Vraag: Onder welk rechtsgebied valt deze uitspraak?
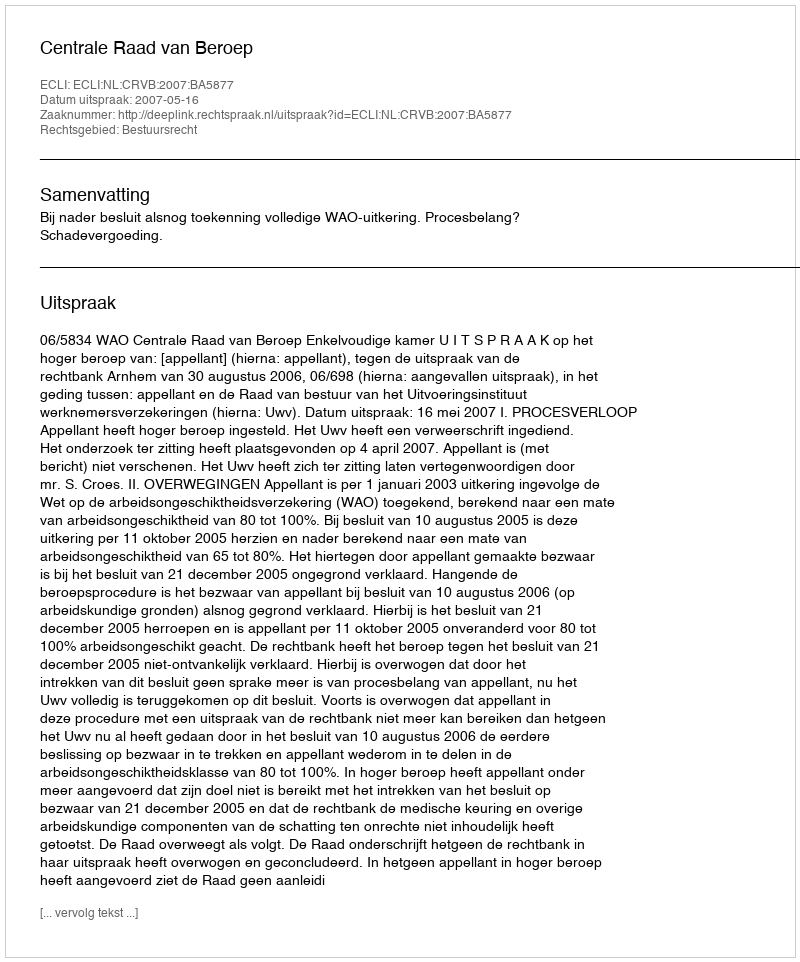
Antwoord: Bestuursrecht